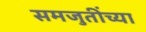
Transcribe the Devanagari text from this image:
समजुतींच्या